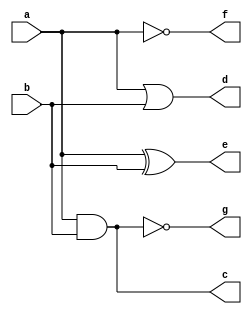
module BasicGates(input a, b, output c, d, e, f,g);
  assign c = a & b;   // AND gate
  assign d = a | b;   // OR gate
  assign e = a ^ b;   // XOR gate
  assign f = ~a;      // NOT gate
  assign g = a~&b;    //NAND gate
endmodule